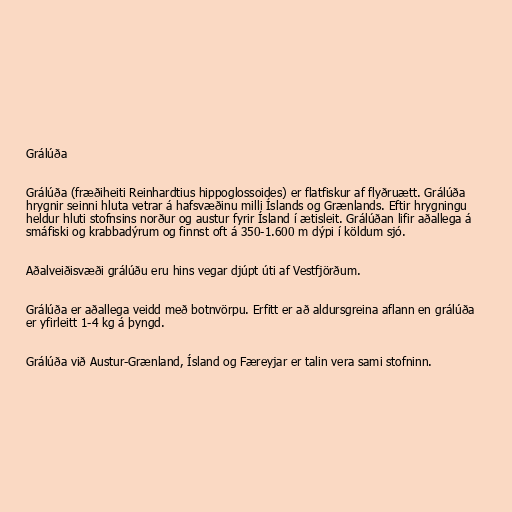
Grálúða

Grálúða (fræðiheiti Reinhardtius hippoglossoides) er flatfiskur af flyðruætt. Grálúða
hrygnir seinni hluta vetrar á hafsvæðinu milli Íslands og Grænlands. Eftir hrygningu
heldur hluti stofnsins norður og austur fyrir Ísland í ætisleit. Grálúðan lifir aðallega á
smáfiski og krabbadýrum og finnst oft á 350-1.600 m dýpi í köldum sjó.

Aðalveiðisvæði grálúðu eru hins vegar djúpt úti af Vestfjörðum.

Grálúða er aðallega veidd með botnvörpu. Erfitt er að aldursgreina aflann en grálúða
er yfirleitt 1-4 kg á þyngd.

Grálúða við Austur-Grænland, Ísland og Færeyjar er talin vera sami stofninn.